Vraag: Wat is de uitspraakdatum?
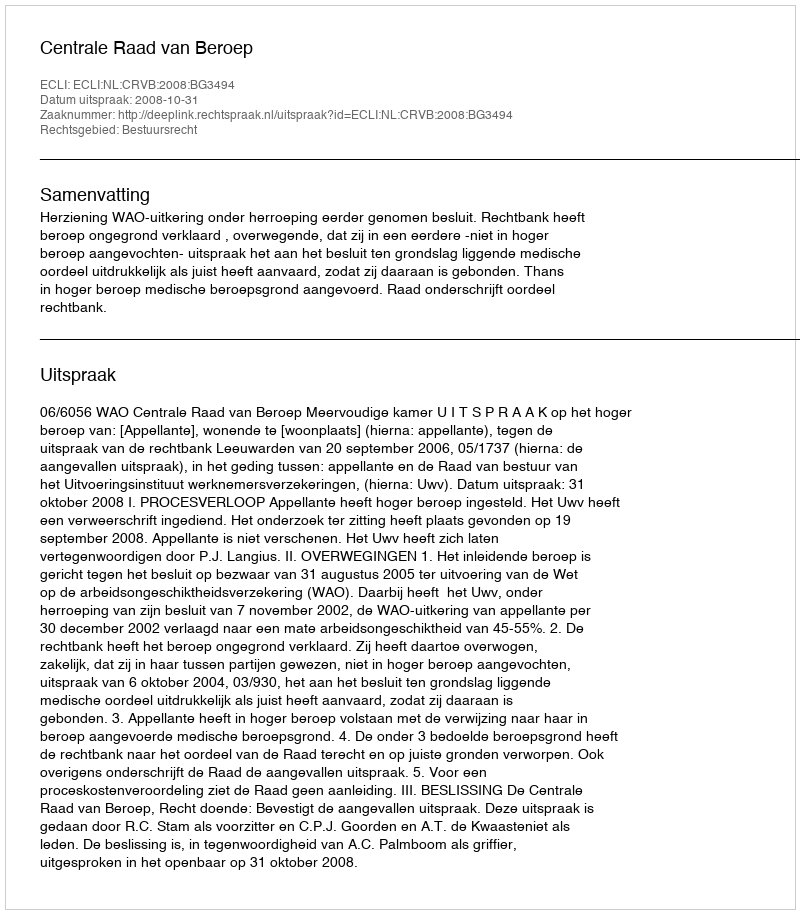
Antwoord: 2008-10-31